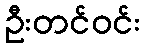
ဦးတင်ဝင်း